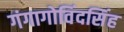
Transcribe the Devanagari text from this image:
गंगागोविंदसिंह